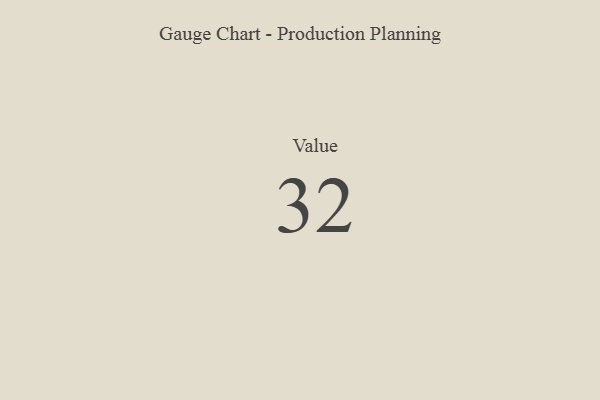
{"axis": {"x": "Metric", "y": "Value"}, "legend": [""], "data": [{"x": "Value", "y": 32, "type": ""}]}